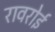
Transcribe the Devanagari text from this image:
रावरोई